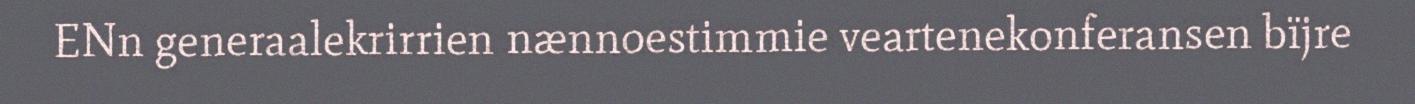
ENn generaalekrirrien nænnoestimmie veartenekonferansen bïjre